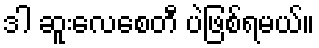
ဒါ ဆူးလေစေတီ ပဲဖြစ်ရမယ်။